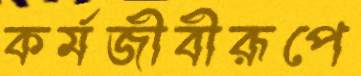
কর্মজীবীরূপে